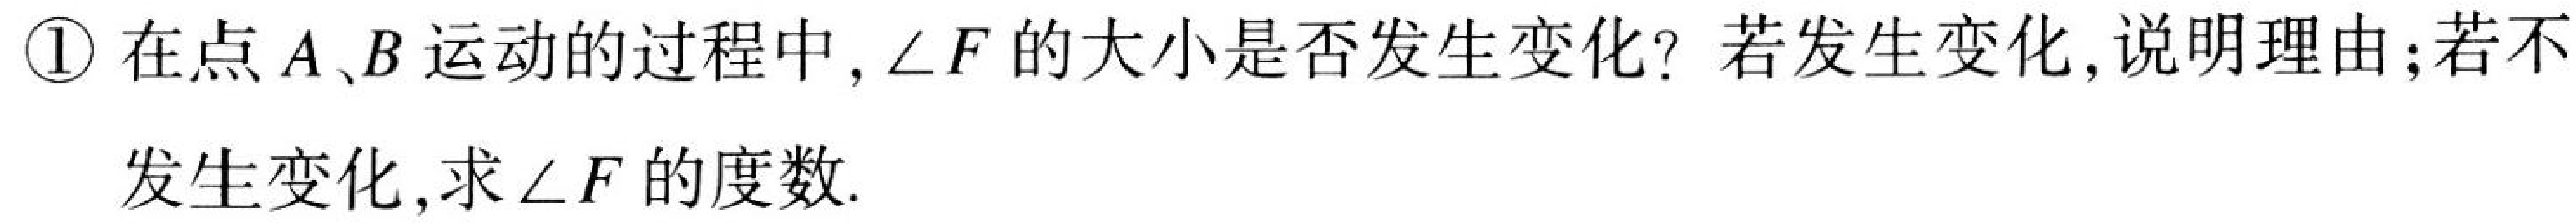
\textcircled{1}在点\(A、B\)运动的过程中,\(\angle F\)的大小是否发生变化? 若发生变化,说明理由;若不
发生变化,求\(\angle F\)的度数.